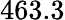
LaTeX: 463.3